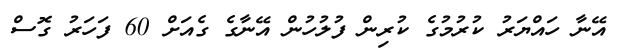
އޭނާ ހައްޔަރު ކުރުމުގެ ކުރިން ފުލުހުން އޭނާގެ ގެއަށް 60 ފަހަރު ގޮސް